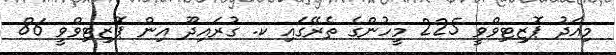
މިއަދު ޕޮޒިޓިވްވީ 225 މީހުންގެ ތެރޭގައި ކ. ގުރައިދޫ އިން ޕޮޒިޓިވްވީ 86